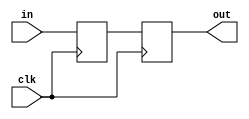

module demetastabilisation(
    input clk,
    input in,
    output reg out
    );

    reg buff;
    always @ (posedge clk)
    begin
        out <= buff;
        buff <= in;
    end

endmodule